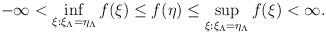
LaTeX: \begin{align*} - \infty < \inf_{\xi: \xi_{\Lambda}=\eta_{\Lambda}}f(\xi) \leq f(\eta) \leq \sup_{\xi: \xi_{\Lambda}=\eta_{\Lambda}}f(\xi) < \infty. \end{align*}